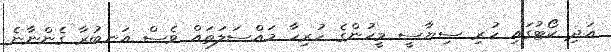
އަދި ކޯޓުގައި ހުރި ސިޔާސީ މީހުންގެ ހުރިހާ މައްސަލަތައް ވެސް އަނބުރާ ގެންނާނެ